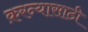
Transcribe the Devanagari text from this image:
क़रन्यासाठी